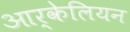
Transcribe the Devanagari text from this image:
आर्केलियन